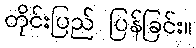
တိုင်းပြည် ပြန်ခြင်း။